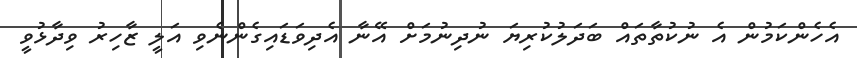
އެހެންކަމުން އެ ނުކުތާތައް ބަދަލުކުރިޔަ ނުދިނުމަށް އޭނާ އެދިވަޑައިގެންނެވި އަލީ ޒާހިރު ވިދާޅުވީ